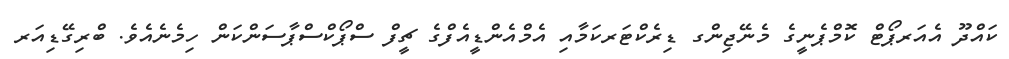
ކައްދޫ އެއަރޕޯޓް ކޮމްޕެނީގެ މެނޭޖިންގ ޑިރެކްޓަރކަމާއި އެމްއެންޑީއެފްގެ ޗީފް ސްޕޯކްސްޕާސަންކަން ހިމެނެއެވެ. ބްރިގޭޑިއަރ